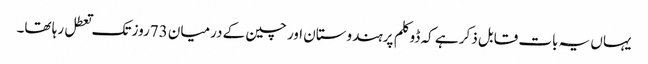
یہاں یہ بات قابل ذکر ہے کہ ڈوکلم پرہندوستان اور چین کے درمیان 73روز تک تعطل رہا تھا۔